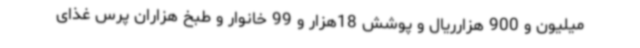
میلیون و 900 هزارریال و پوشش 18هزار و 99 خانوار و طبخ هزاران پرس غذای